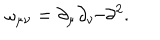
\omega _ { \mu \nu } = \partial _ { \mu } \partial _ { \nu } / \partial ^ { 2 } .